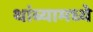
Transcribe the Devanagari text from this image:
थांब्यामध्ये